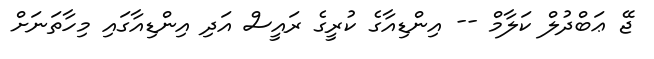
ޖޭ ޢަބްދުލް ކަލާމް -- އިންޑިއާގެ ކުރީގެ ރައީސް އަދި އިންޑިއާގައި މިހާތަނަށް